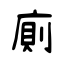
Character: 廁